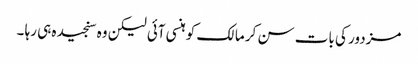
مزدور کی بات سن کر مالک کو ہنسی آئی لیکن وہ سنجیدہ ہی رہا ۔